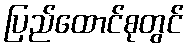
ပြည်ထောင်စုတွင်